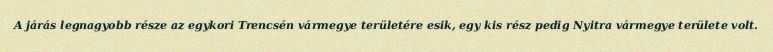
A járás legnagyobb része az egykori Trencsén vármegye területére esik, egy kis rész pedig Nyitra vármegye területe volt.